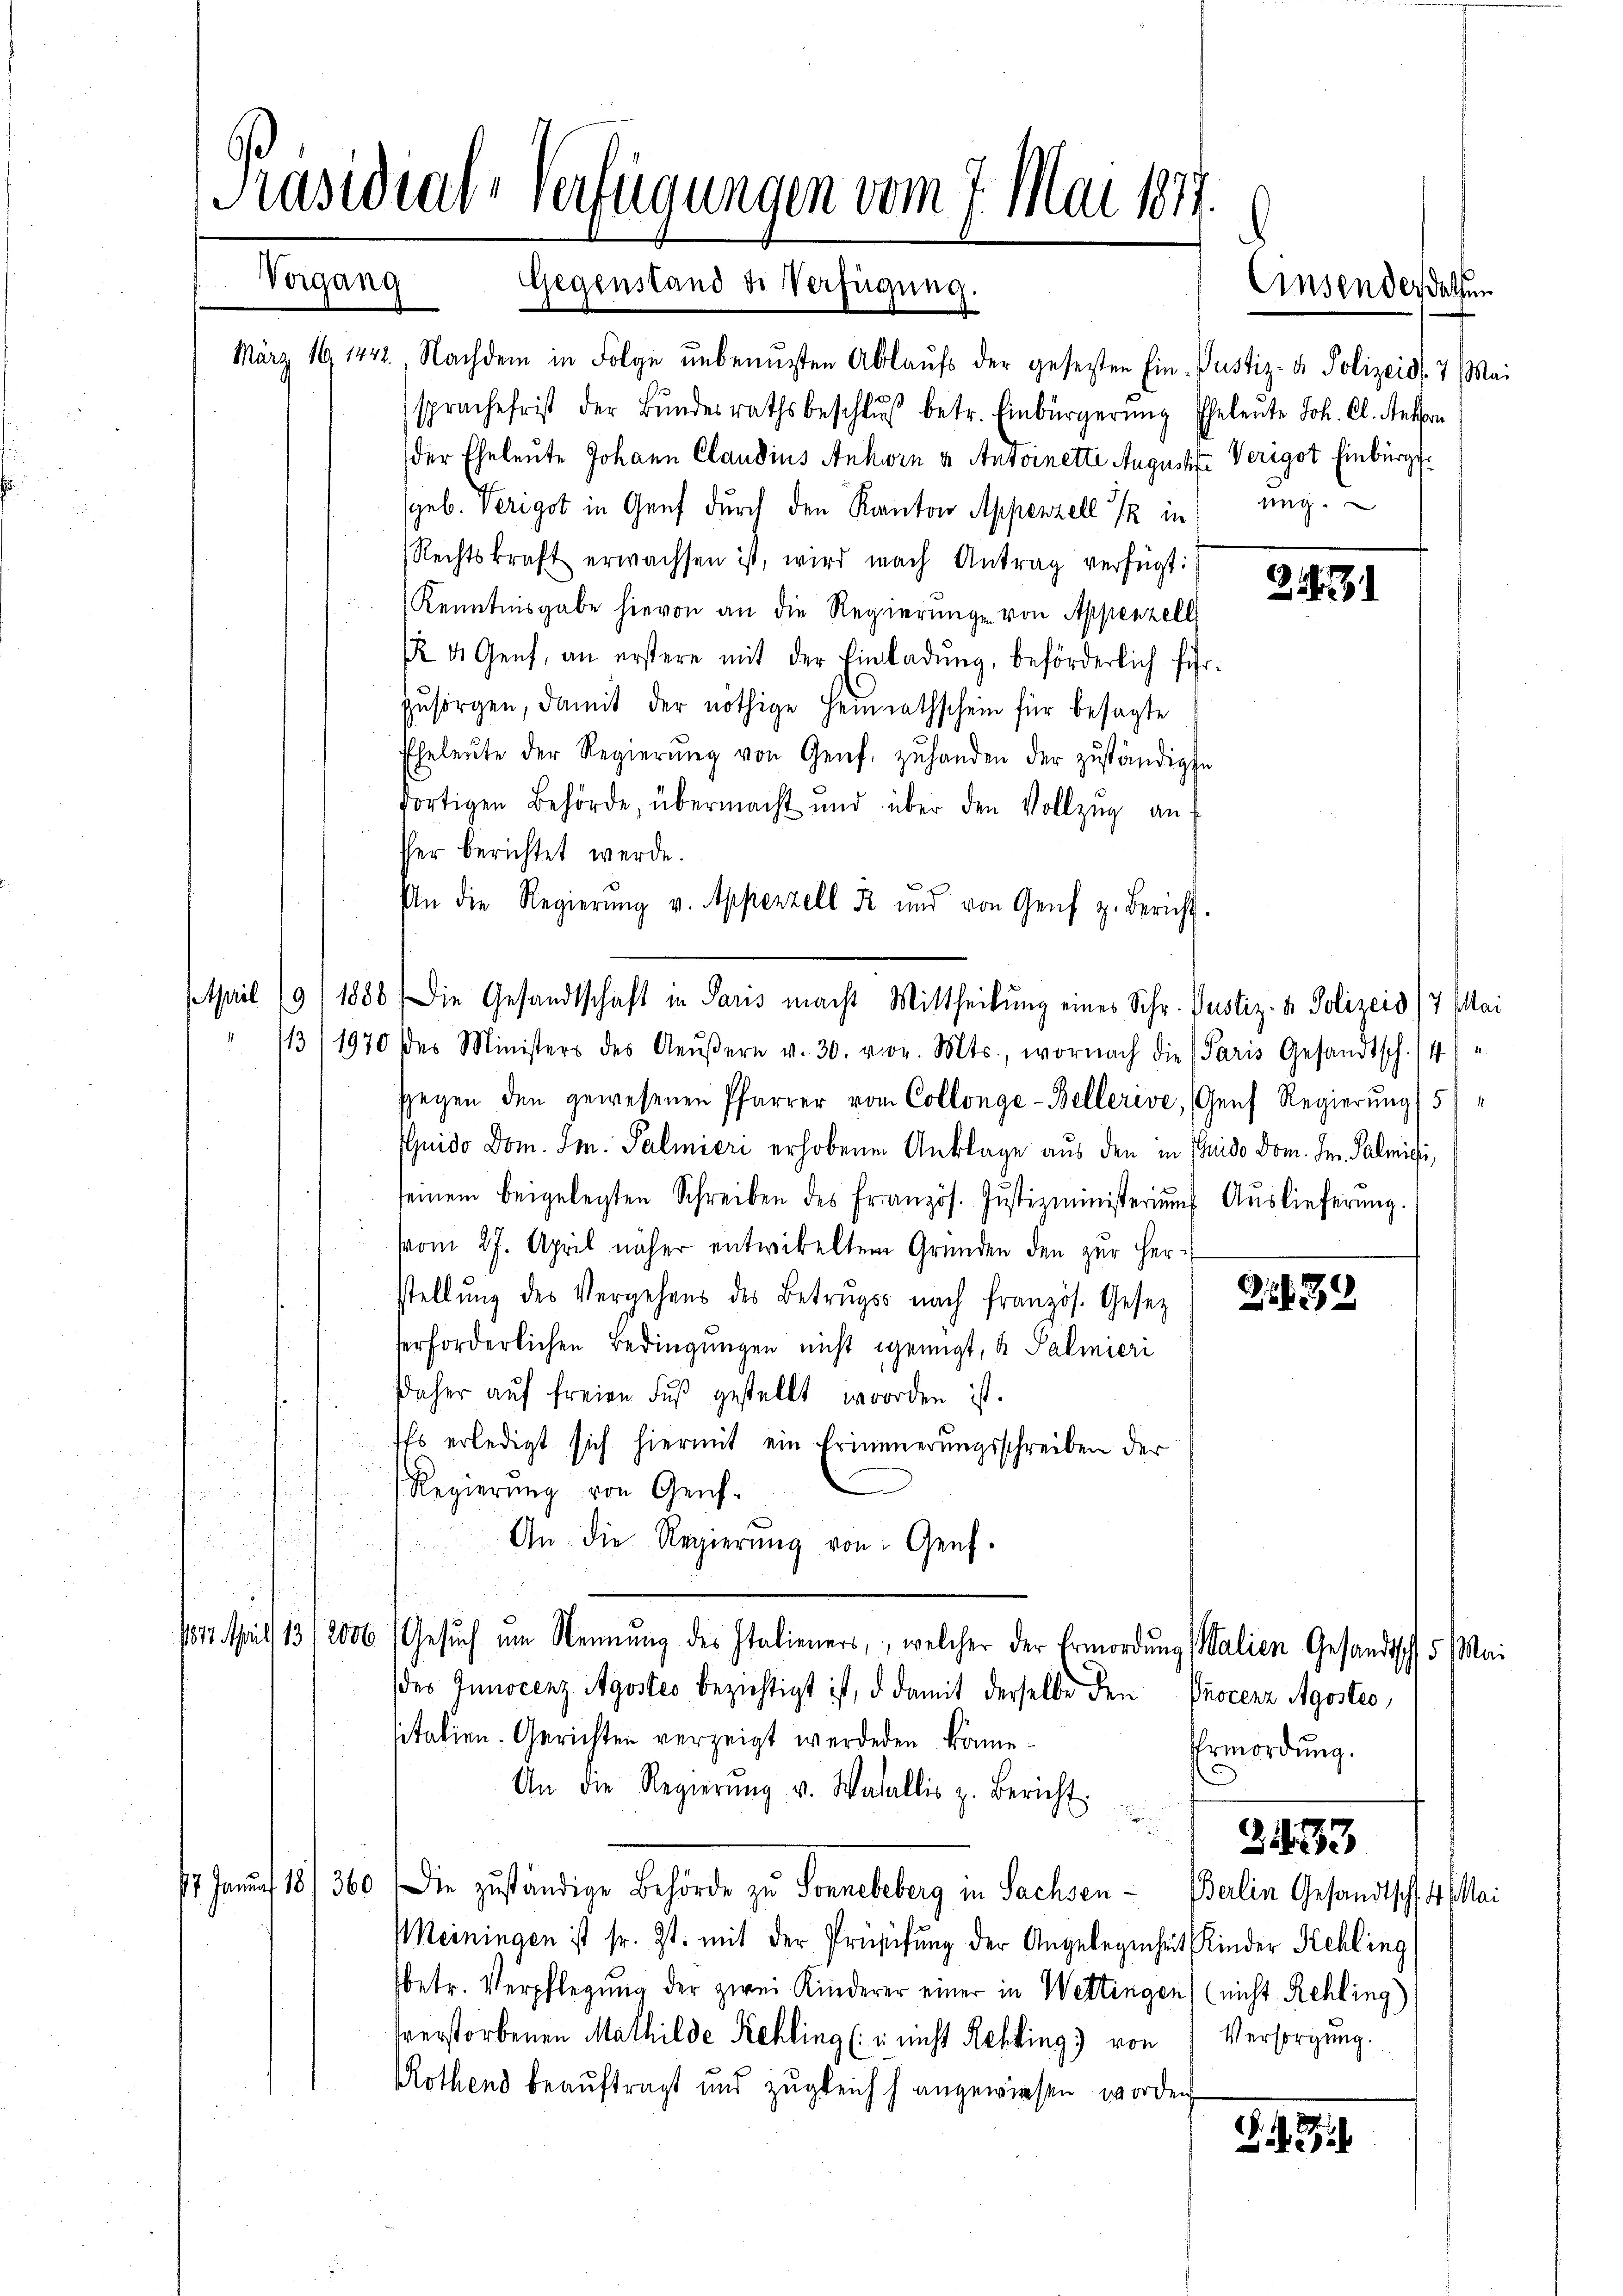
Nachdem in Folge unbenuzten Ablaufs der gesezten Ein- Justiz- & Polizeid. 7. Mai
sprache frist der Bŭndesrathsbeschlŭβ betr. Einbürgerŭng Eheleŭte Joh. Cl. Rekon
der Eheleute Johann Claudius Ankorn u. Antoinette Augustiz-Verigot Einbürgsgeb. Verigot in Genf durch den Kanton Appenzell 12 in ung.
Rechtskraft erwachsen ist, wird nach Antrag verfügt:
Kenntnisgabe hievon an die Regierŭng von Appenzell
 4 Genf, an erstere mit der Einladŭng, beförderlich führ-
zŭsorgen, damit der nöthige Heimathschein für besagte
Eheleŭte der Regierŭng von Genf, zŭhanden der zŭständigte
dortigen Behörde, übermacht und über den Vollzŭg anf
sher berichtet werde.
An die Regierŭng v. Appenzell R. und von Genf z. Bericht.
April 19/1886 die Gesandtschaft in Paris macht Mittheilung eines Schr. Pustiz- & Polizeid/7 Mai
/13/1970 des Ministers des Aeŭβern v. 30. vor. Mts., wornach die Paris Gesandtsch. (4)
sgegen den gewesenen Pfarrer vom Collonge-Bellerive, Genf Regierung (5
Guido Dom. Im. Palmieri erhobenen Anklage aus den in Guido Dom. Dn. Palmici,
seinem beigelegten Schreiben des französ. Jŭstizministeriums Auslieferŭng.
vom 27. April näher entwickeltem Gründen den zur Herstellŭng des Vergehens des Betrugs nach französ. Gesez
erforderlichen Bedingungen nicht genügt, u. Palmieri
Daher aŭf freien Fŭβ gestellt worden ist.
Es erledigt sich hiermit ein Erinnerungsschreiben der
.
Regierŭng von Genf.
An die Regierŭng von Genf.
1812. April 1312000 Gesŭch um Nennung des Italieners, welcher der Ermordŭng (Walien Gesandtsch 5 Mai
des Innocenz Agostes bezichtigt ist, d damit derselbe den Procenz Agostes,
sitatien-Gerichten verzeigt werdenen könne.
An die Regierŭng v. Walallis z. Bericht.
 J 18/360. Die zuständige Behörde zu Sonnebeberg in Sachsen - Balin Gesandtsch 14. Mai
Meiningen ist sr. Zt. mit der Prüsifung der Angelegenheit Kinder Kehling
(betr. Verpflegung der zwei Kinderer einer in Wettingen (nicht Rehling)
sverstorbenen Mathilde Kehling (in nicht Rchking von Versorgung.
Rothend beauftragt und zugleich angewiesen worden,

März 191442.

Präsidial-Verfügungen vom 7. Mai 1877.
Vergang Gegenstand de Verfügung

1

2132

Ermordung.
3.433

B. d. 311.

Einsendes dessen